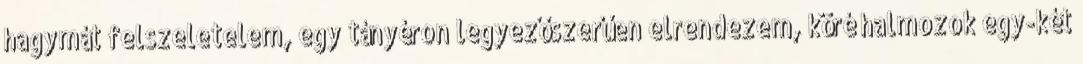
hagymát felszeletelem, egy tányéron legyezőszerűen elrendezem, köré halmozok egy-két